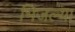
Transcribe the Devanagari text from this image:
भिजल्या